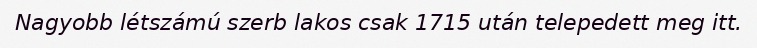
Nagyobb létszámú szerb lakos csak 1715 után telepedett meg itt.